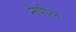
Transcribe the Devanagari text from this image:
नेपील